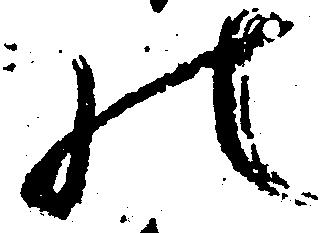
の